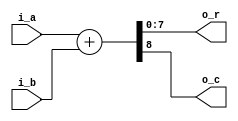
//`default_nettype none

module byte_adder(
    input   [7:0]  i_a,
    input   [7:0]  i_b,

    output  [7:0]  o_r,
    output          o_c
    );

    wire [8:0]  result;

    assign result = i_a + i_b;

    assign o_r = result[7:0];
    assign o_c = result[8];
endmodule